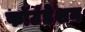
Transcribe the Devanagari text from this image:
फॉउंडेशन